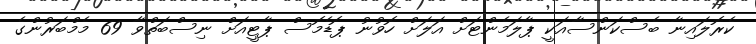
ކެރޮލައިނާ ބެސްކަންސާއަކީ ޕާލަމެންޓަށް އަލަށް ހޮވުނު ޕޮޑެމޮސް ޕާޓީއަށް ނިސްބަތްވާ 69 މެމްބަރުންގެ